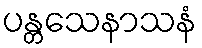
ပန္တသေနာသနံ